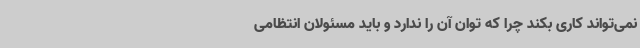
نمی‌تواند کاری بکند چرا که توان آن را ندارد و باید مسئولان انتظامی